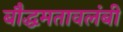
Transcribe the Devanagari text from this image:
बौद्धमतावलंबी